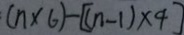
( n \times 6 ) - [ ( n - 1 ) \times 4 ]